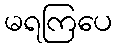
မရကြပေ